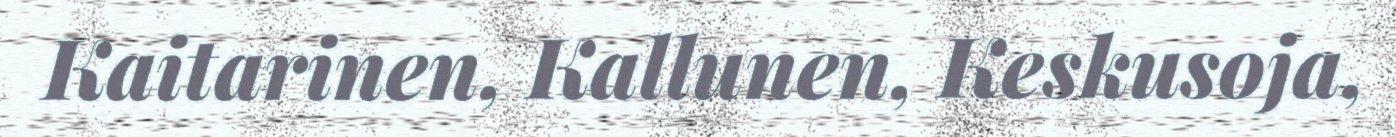
Kaitarinen, Kallunen, Keskusoja,